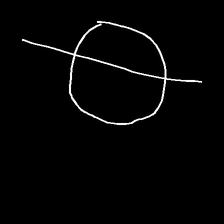
Glyph: orb